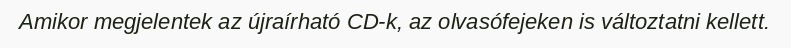
Amikor megjelentek az újraírható CD-k, az olvasófejeken is változtatni kellett.